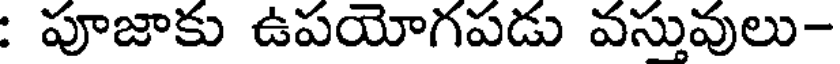
: పూజాకు ఉపయోగపడు వస్తువులు-